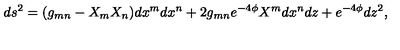
d s ^ { 2 } = ( g _ { m n } - X _ { m } X _ { n } ) d x ^ { m } d x ^ { n } + 2 g _ { m n } e ^ { - 4 \phi } X ^ { m } d x ^ { n } d z + e ^ { - 4 \phi } d z ^ { 2 } ,